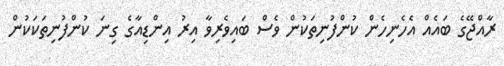
ރާއްޖޭގެ ބައެއް އެހެނިހެން ކުންފުނިތަކުން ވެސް ބައިވެރިވާ އިރު އިންޑިއާގެ ގިނަ ކުންފުނިތަކަކުން